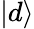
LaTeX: \vert d\rangle